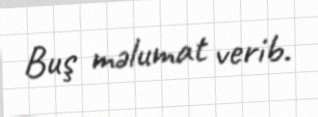
Buş məlumat verib.